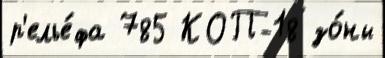
р'елье́фа 785 КОП-18 зо́ны